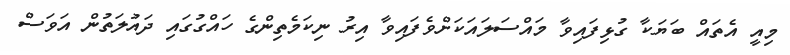
މިއީ އެތައް ބަޔަކާ ގުޅިފައިވާ މައްސަލައަކަށްވެފައިވާ އިރު ނިކަމެތިންގެ ހައްގުގައި ދައުލަތުން އަވަސް